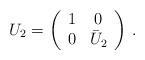
LaTeX: \begin{align*}U_2=\left(\begin{array}{ccc}1&0\\0&\bar U_2\end{array}\right)\,.\end{align*}